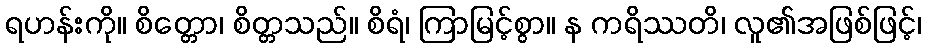
ရဟန်းကို။ စိတ္တော၊ စိတ္တသည်။ စိရံ၊ ကြာမြင့်စွာ။ န ကရိဿတိ၊ လူ၏အဖြစ်ဖြင့်၊